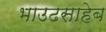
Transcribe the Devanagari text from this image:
भाउढसाहेब